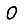
Digit: 0